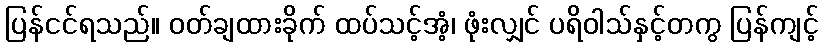
ပြန်ငင်ရသည်။ ဝတ်ချထားခိုက် ထပ်သင့်အံ့၊ ဖုံးလျှင် ပရိဝါသ်နှင့်တကွ ပြန်ကျင့်